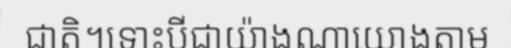
ជាតិ។ទោះបីជាយ៉ាងណាយោងតាម